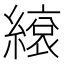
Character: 𦄣